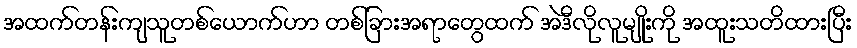
အထက်တန်းကျသူတစ်ယောက်ဟာ တစ်ခြားအရာတွေထက် အဲဒီလိုလူမျိုးကို အထူးသတိထားပြီး